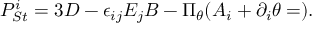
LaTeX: { \cal P } _ { S t } ^ { i } = 3 D - \epsilon _ { i j } E _ { j } B - \Pi _ { \theta } ( A _ { i } + \partial _ { i } \theta = ) .